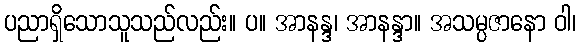
ပညာရှိသောသူသည်လည်း။ ပ။ အာနန္ဒ၊ အာနန္ဒာ။ အသမ္ပဇာနော ဝါ၊